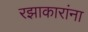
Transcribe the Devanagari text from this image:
रझाकारांना